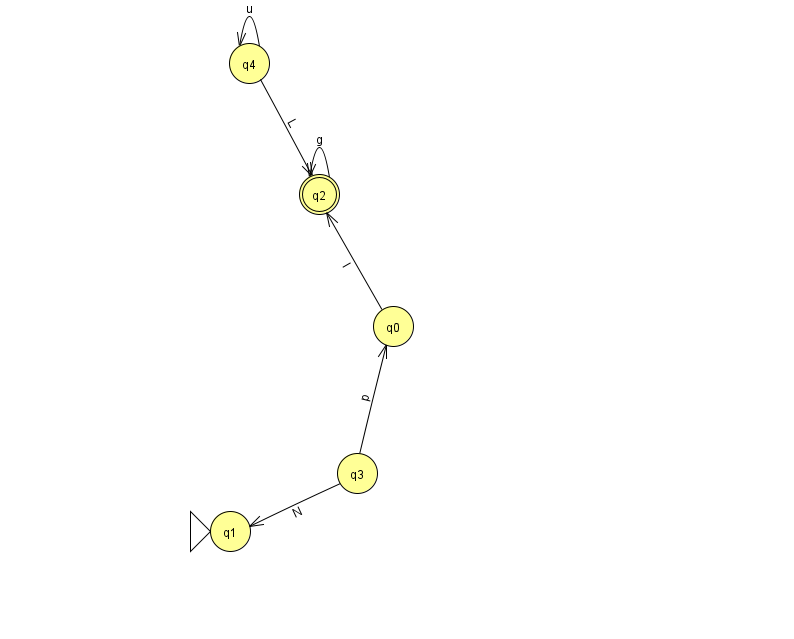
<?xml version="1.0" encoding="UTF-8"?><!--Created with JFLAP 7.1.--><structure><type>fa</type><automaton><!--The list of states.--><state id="0" name="q0"><x>393.0</x><y>313.0</y></state><state id="1" name="q1"><x>230.0</x><y>518.0</y><initial/></state><state id="2" name="q2"><x>319.0</x><y>181.0</y><final/></state><state id="3" name="q3"><x>357.0</x><y>460.0</y></state><state id="4" name="q4"><x>249.0</x><y>50.0</y></state><!--The list of transitions.--><transition><from>3</from><to>1</to><read>N</read></transition><transition><from>0</from><to>2</to><read>I</read></transition><transition><from>4</from><to>4</to><read>u</read></transition><transition><from>2</from><to>2</to><read>g</read></transition><transition><from>3</from><to>0</to><read>p</read></transition><transition><from>4</from><to>2</to><read>L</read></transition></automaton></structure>